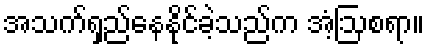
အသက်ရှည်နေနိုင်ခဲ့သည်က အံ့ဩစရာ။